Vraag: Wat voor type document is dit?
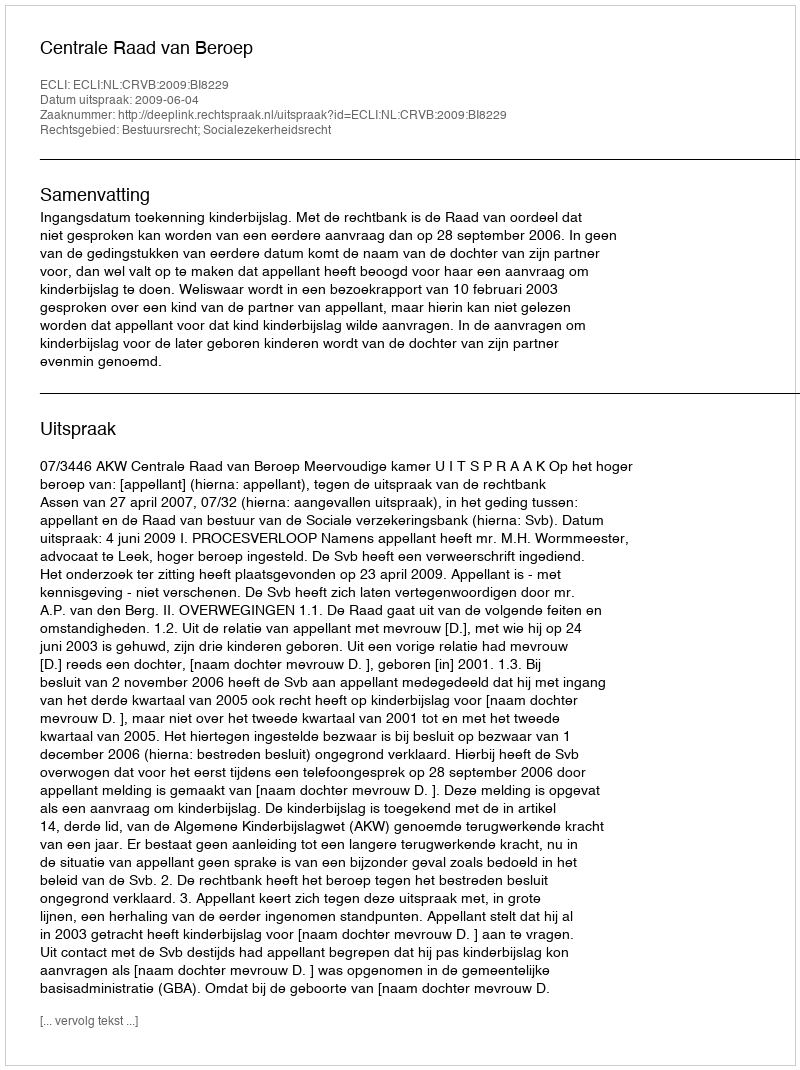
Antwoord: Uitspraak